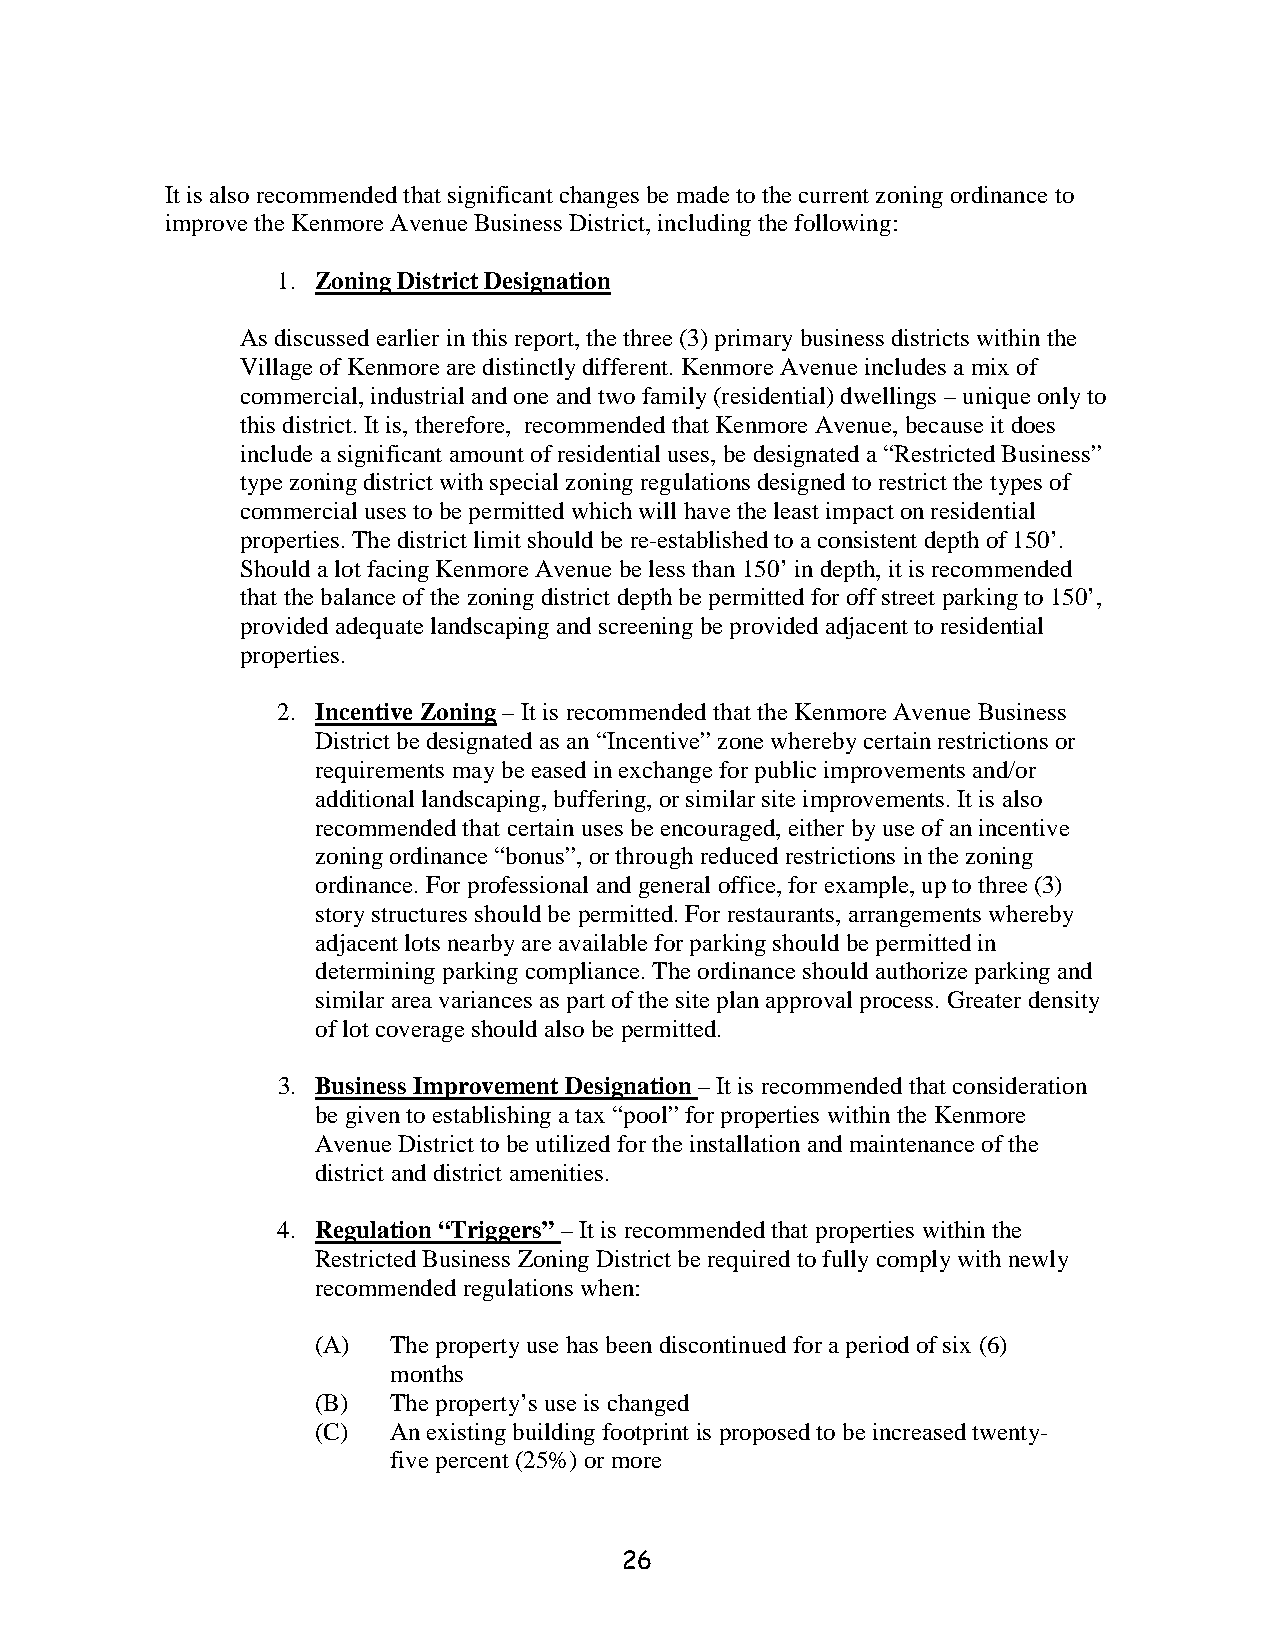
It is also recommended that significant changes be made to the current zoning ordinance to
 improve the Kenmore Avenue Business District, including the following:
 1. Zoning District Designation
 As discussed earlier in this report, the three (3) primary business districts within the
 Village of Kenmore are distinctly different. Kenmore Avenue includes a mix of
 commercial, industrial and one and two family (residential) dwellings – unique only to
 this district. It is, therefore, recommended that Kenmore Avenue, because it does
 include a significant amount of residential uses, be designated a “Restricted Business”
 type zoning district with special zoning regulations designed to restrict the types of
 commercial uses to be permitted which will have the least impact on residential
 properties. The district limit should be re-established to a consistent depth of 150’.
 Should a lot facing Kenmore Avenue be less than 150’ in depth, it is recommended
 that the balance of the zoning district depth be permitted for off street parking to 150’,
 provided adequate landscaping and screening be provided adjacent to residential
 properties.
 2. Incentive Zoning – It is recommended that the Kenmore Avenue Business
 District be designated as an “Incentive” zone whereby certain restrictions or
 requirements may be eased in exchange for public improvements and/or
 additional landscaping, buffering, or similar site improvements. It is also
 recommended that certain uses be encouraged, either by use of an incentive
 zoning ordinance “bonus”, or through reduced restrictions in the zoning
 ordinance. For professional and general office, for example, up to three (3)
 story structures should be permitted. For restaurants, arrangements whereby
 adjacent lots nearby are available for parking should be permitted in
 determining parking compliance. The ordinance should authorize parking and
 similar area variances as part of the site plan approval process. Greater density
 of lot coverage should also be permitted.
 3. Business Improvement Designation – It is recommended that consideration
 be given to establishing a tax “pool” for properties within the Kenmore
 Avenue District to be utilized for the installation and maintenance of the
 district and district amenities.
 4. Regulation “Triggers” – It is recommended that properties within the
 Restricted Business Zoning District be required to fully comply with newly
 recommended regulations when:
 (A)  The property use has been discontinued for a period of six (6)
 months
 (B)  The property’s use is changed
 (C)  An existing building footprint is proposed to be increased twenty-
 five percent (25%) or more
 26